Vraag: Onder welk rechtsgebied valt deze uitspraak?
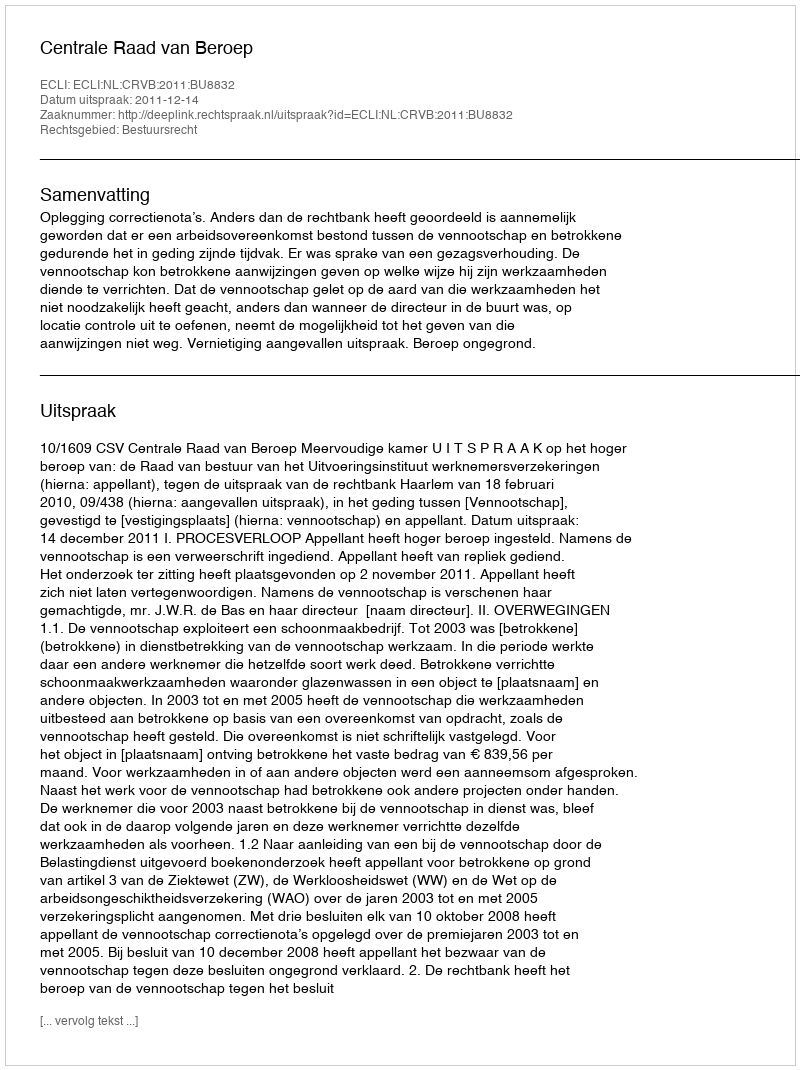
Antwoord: Bestuursrecht